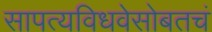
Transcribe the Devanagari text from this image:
सापत्यविधवेसोबतचं